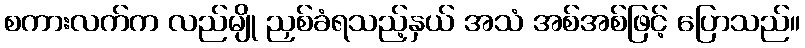
စကားလက်က လည်မျို ညှစ်ခံရသည့်နှယ် အသံ အစ်အစ်ဖြင့် ပြောသည်။